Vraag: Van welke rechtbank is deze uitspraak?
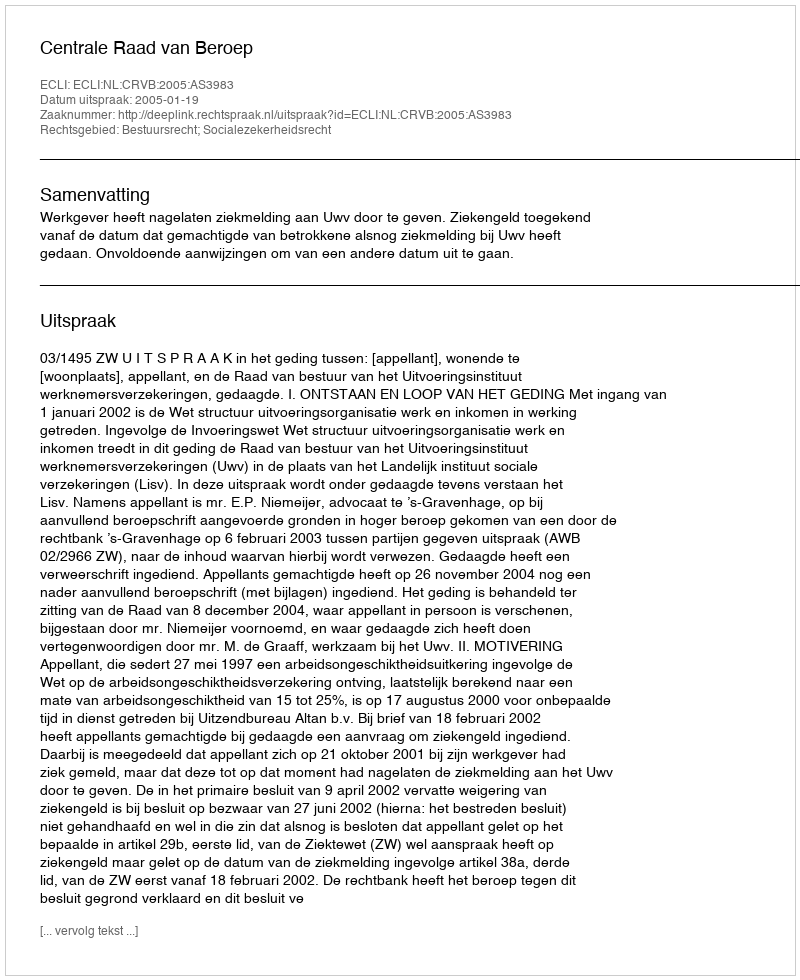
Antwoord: Centrale Raad van Beroep